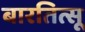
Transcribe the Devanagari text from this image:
बारतित्सू